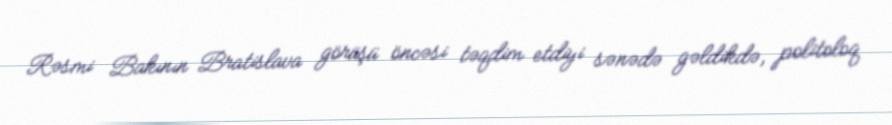
Rəsmi Bakının Bratislava görüşü öncəsi təqdim etdiyi sənədə gəldikdə, politoloq